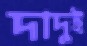
দাদুই